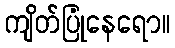
ကျိတ်ပြုံနေရော။